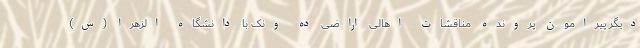
دیگر پیرامون پرونده مناقشات اهالی اراضی ده ونک با دانشگاه الزهرا (س)